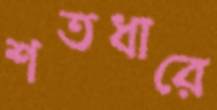
শতধারে